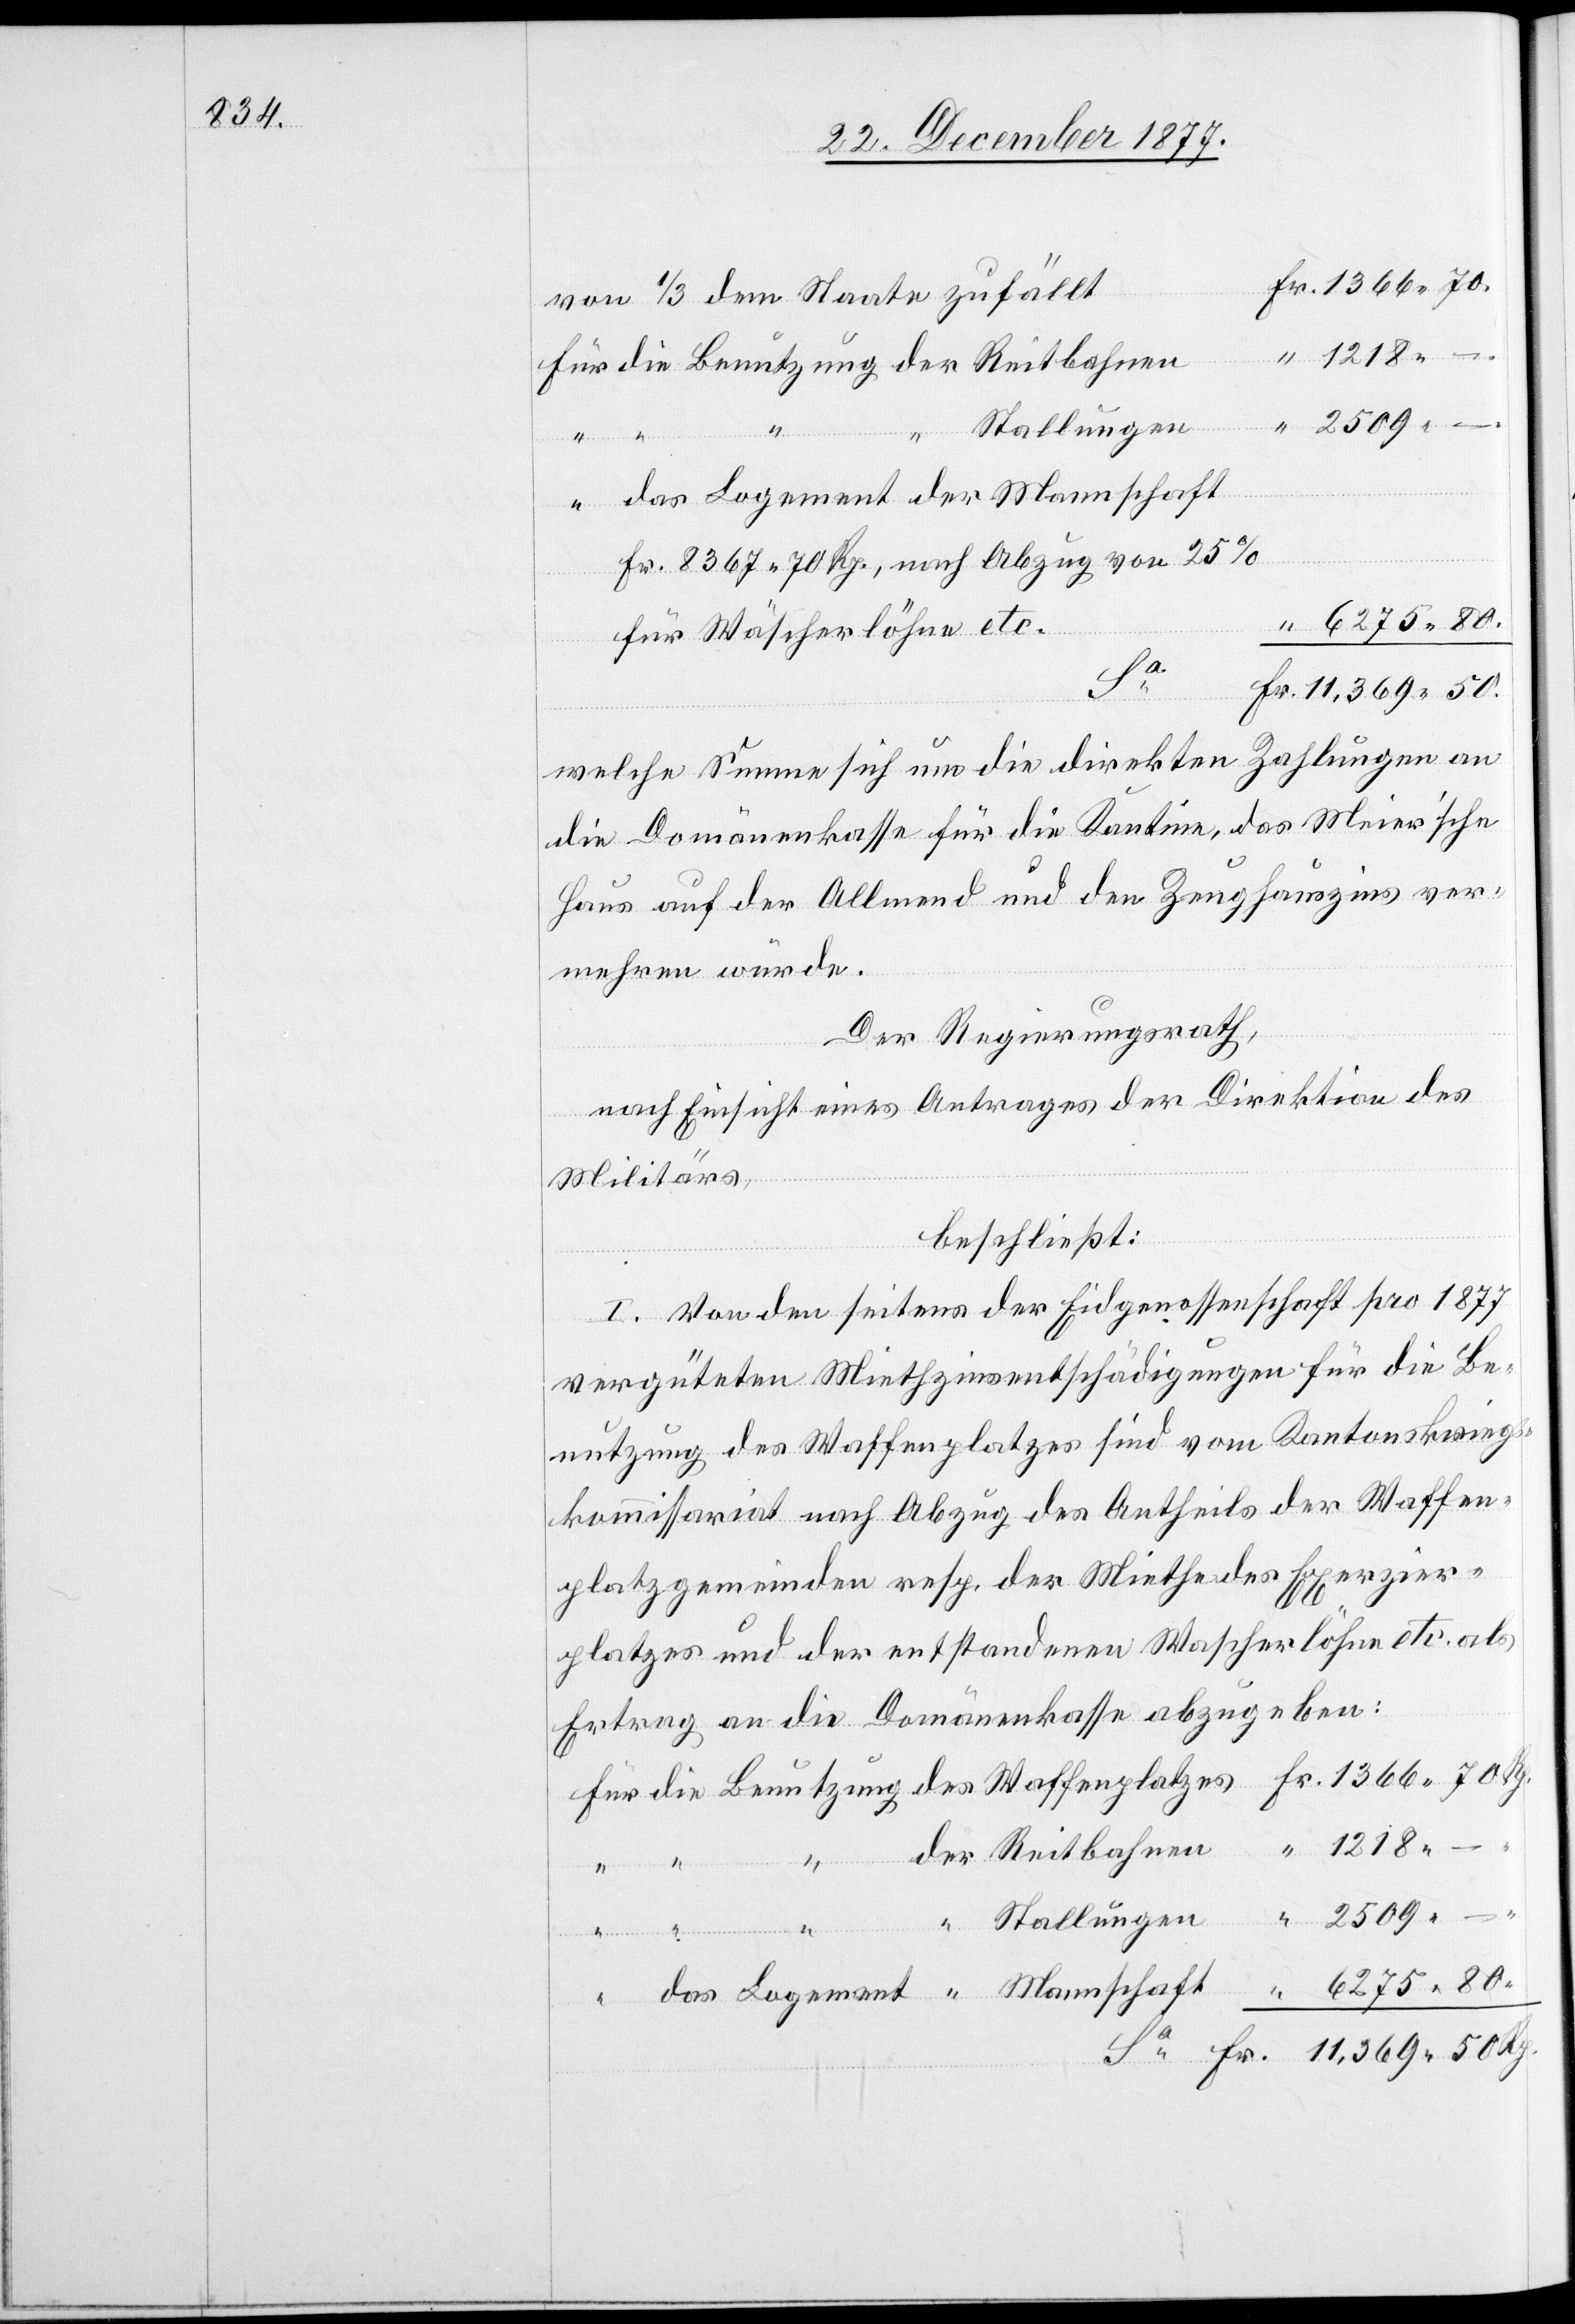
Fr. 1366 70
von 1/3 dem Staate zufällt
Für die Benutzung der Reitbahnen
Stallungen
“ das Logement “ Mannschaft
“
Fr. 8367 70 Rp., nach Abzug von 25%
“ 6275 80
für Wäscherlöhne etc.
Rp.
Fr. 11,369 50
welche Summe sich um die direkten Zahlungen an
die Domänenkasse für die Kantine, das Meier’sche
Haus auf der Allmend und den Zeughauszins ver¬
mehren würde.
Der Regierungsrath,
nach Einsicht eines Antrages der Direktion des
Militärs,
beschließt:
I. Von den seitens der Eidgenossenschaft pro 1877
vergüteten Miethzinsentschädigungen für die Be¬
nutzung des Waffenplatzes sind vom Kantonskriegs¬
kommissariat nach Abzug des Antheils der Waffen¬
platzgemeinden resp. der Miethe des Exerzier¬
platzes und der entstandenen Wascherlöhne etc. als
Ertrag an die Domänenkasse abzugeben:
“ 1218 –
“ der Reitbahnen
Benutzung des